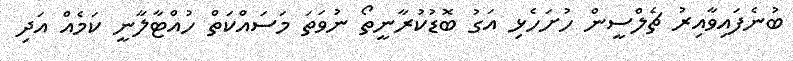
ބުނެފައިވާއިރު ޗެލްސީން ހުށަހެޅި އަގު ބޮޑުކުރާނީތޯ ނުވަތަ މަސައްކަތް ހުއްޓާލާނީ ކަމެއް އަދި